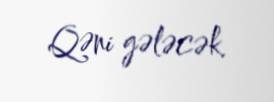
Qəni gələcək.